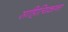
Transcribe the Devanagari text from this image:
साहित्यिकाना